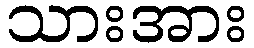
သားအား